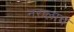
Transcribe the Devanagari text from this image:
नरालाच